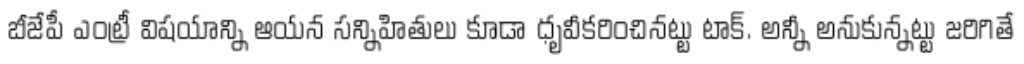
బీజేపీ ఎంట్రీ విషయాన్ని ఆయన సన్నిహితులు కూడా ధృవీకరించినట్టు టాక్. అన్నీ అనుకున్నట్టు జరిగితే